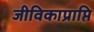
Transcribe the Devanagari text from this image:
जीविकाप्राप्ति